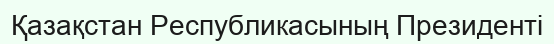
Қазақстан Республикасының Президенті